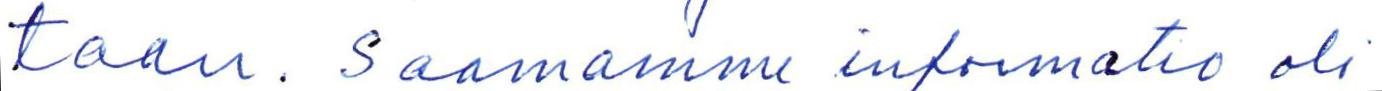
taan. Saamamme informatio oli